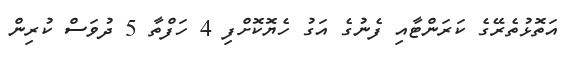
އަތޮޅުތެރޭގެ ކަރަންޓާއި ފެނުގެ އަގު ހެޔޮކޮށްފި 4 ހަފްތާ 5 ދުވަސް ކުރިން